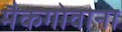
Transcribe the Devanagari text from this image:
मैकगोवाना